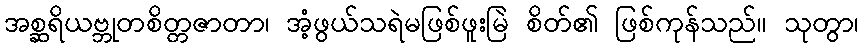
အစ္ဆရိယဗ္ဘုတစိတ္တဇာတာ၊ အံ့ဖွယ်သရဲမဖြစ်ဖူးမြဲ စိတ်၏ ဖြစ်ကုန်သည်။ သုတွာ၊